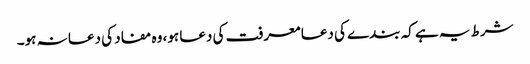
شرط یہ ہے کہ بندے کی دعا معرفت کی دعا ہو، وہ مفاد کی دعا نہ ہو۔